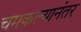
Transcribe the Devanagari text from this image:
चमकल्यानंतर